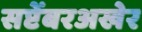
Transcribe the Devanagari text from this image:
सप्टेंबरअखेर